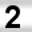
Digit: 2